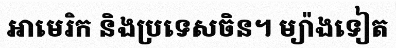
អាមេរិក និងប្រទេសចិន។ ម្យ៉ាងទៀត